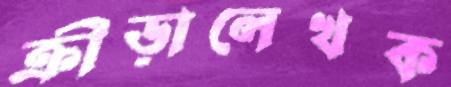
ক্রীড়ালেখক